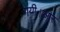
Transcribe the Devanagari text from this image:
गयी।आर